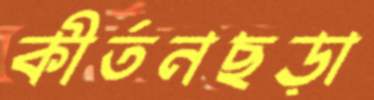
কীর্তনছড়া